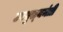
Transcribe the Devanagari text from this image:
उपमुख्‍यमंत्री